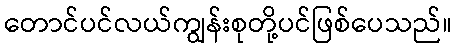
တောင်ပင်လယ်ကျွန်းစုတို့ပင်ဖြစ်ပေသည်။